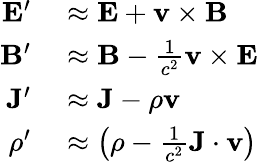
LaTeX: \begin{array}{rl}{\mathbf{E}^{\prime}}&{{}\approx\mathbf{E}+\mathbf{v}\times\mathbf{B}}\\ {\mathbf{B}^{\prime}}&{{}\approx\mathbf{B}-{\frac{1}{c^{2}}}\mathbf{v}\times\mathbf{E}}\\ {\mathbf{J}^{\prime}}&{{}\approx\mathbf{J}-\rho\mathbf{v}}\\ {\rho^{\prime}}&{{}\approx\left(\rho-{\frac{1}{c^{2}}}\mathbf{J}\cdot\mathbf{v}\right)}\end{array}